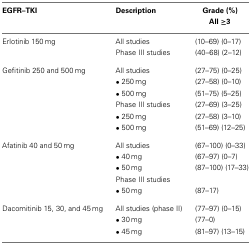
<table><thead><tr><td><b>EGFR–TKI</b></td><td><b>Description</b></td><td><b>Grade (%)</b></td></tr><tr><td></td><td></td><td><b>All ≥3</b></td></tr></thead><tbody><tr><td>Erlotinib 150 mg</td><td>All studies</td><td>(10–69) (0–17)</td></tr><tr><td></td><td>Phase III studies</td><td>(40–68) (2–12)</td></tr><tr><td>Gefitinib 250 and 500 mg</td><td>All studies</td><td>(27–75) (0–25)</td></tr><tr><td></td><td>• 250 mg</td><td>(27–58) (0–10)</td></tr><tr><td></td><td>• 500 mg</td><td>(51–75) (5–25)</td></tr><tr><td></td><td>Phase III studies</td><td>(27–69) (3–25)</td></tr><tr><td></td><td>• 250 mg</td><td>(27–58) (3–10)</td></tr><tr><td></td><td>• 500 mg</td><td>(51–69) (12–25)</td></tr><tr><td>Afatinib 40 and 50 mg</td><td>All studies</td><td>(67–100) (0–33)</td></tr><tr><td></td><td>• 40 mg</td><td>(67–97) (0–7)</td></tr><tr><td></td><td>• 50 mg</td><td>(87–100) (17–33)</td></tr><tr><td></td><td>Phase III studies</td><td></td></tr><tr><td></td><td>• 50 mg</td><td>(87–17)</td></tr><tr><td>Dacomitinib 15, 30, and 45 mg</td><td>All studies (phase II)</td><td>(77–97) (0–15)</td></tr><tr><td></td><td>• 30 mg</td><td>(77–0)</td></tr><tr><td></td><td>• 45 mg</td><td>(81–97) (13–15)</td></tr></tbody></table>